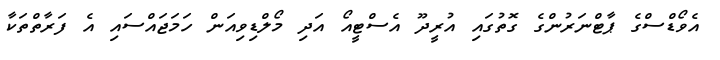
އެވޯޑްސްގެ ޕާޓްނަރުންގެ ގޮތުގައި އުރީދޫ އެސްޓީއޯ އަދި މޯލްޑިވިއަން ހަމަޖައްސައި އެ ފަރާތްތަކާ